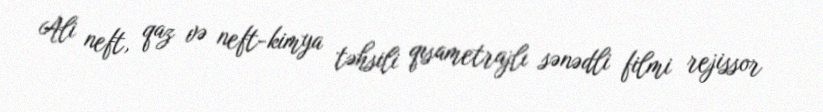
Ali neft, qaz və neft-kimya təhsili qısametrajlı sənədli filmi rejissor